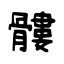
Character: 髏